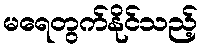
မရေတွက်နိုင်သည့်